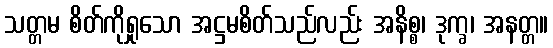
သတ္တမ စိတ်ကိုရှုသော အဋ္ဌမစိတ်သည်လည်း အနိစ္စ၊ ဒုက္ခ၊ အနတ္တ။